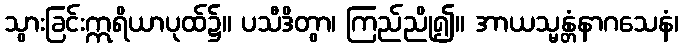
သွားခြင်းဣရိယာပုထ်၌။ ပသီဒိတွာ၊ ကြည်ညို၍။ အာယသ္မန္တံနာဂသေနံ၊